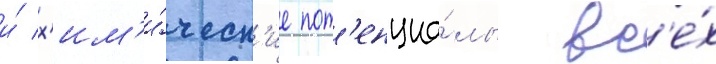
и́ х'им'и́ческ'ие пот'енциа́лы вс'е́х